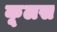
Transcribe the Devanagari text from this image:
कूलस